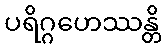
ပရိဂ္ဂဟေဿန္တိ